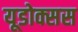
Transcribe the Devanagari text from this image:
यूडोक्सस